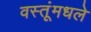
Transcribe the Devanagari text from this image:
वस्तूंमधले